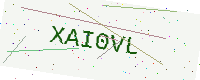
Text: XAI0VL